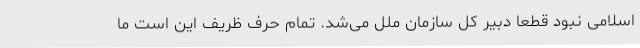
اسلامی نبود قطعا دبیر کل سازمان ملل می‌شد. تمام حرف ظریف این است ما